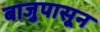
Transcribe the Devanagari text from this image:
बाजुपासून